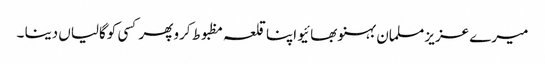
میرے عزیز مسلمان بہنو بھائیو اپنا قلعہ مظبوط کرو پھر کسی کوگالیاں دینا ۔